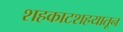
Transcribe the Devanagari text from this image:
शहकाटशहयातून